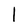
Character: l